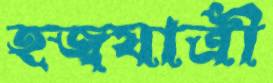
হজ্বযাত্রী